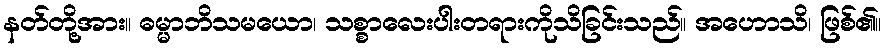
နတ်တို့အား။ ဓမ္မာဘိသမယော၊ သစ္စာလေးပါးတရားကိုသိခြင်းသည်။ အဟောသိ၊ ဖြစ်၏။